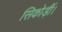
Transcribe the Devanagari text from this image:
सिकोड़ीं।